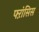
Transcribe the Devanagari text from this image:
फ्ऱांसिस